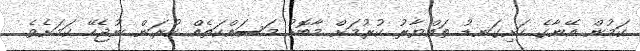
ކަމުން އޭނާގެ ހަށިގަނޑު ތައްޔާރު ކުރުމަށް މާބޮޑު މަސައްކަތެއް ކުރަން ނުޖެހޭ ކަމަށެވެ.